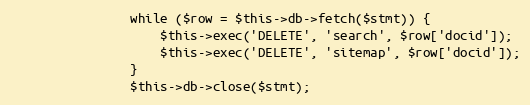
Language: PHP
                while ($row = $this->db->fetch($stmt)) {
                    $this->exec('DELETE', 'search', $row['docid']);
                    $this->exec('DELETE', 'sitemap', $row['docid']);
                }
                $this->db->close($stmt);